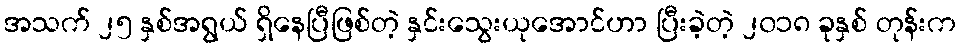
အသက် ၂၅ နှစ်အရွယ် ရှိနေပြီဖြစ်တဲ့ နှင်းသွေးယုအောင်ဟာ ပြီးခဲ့တဲ့ ၂၀၁၈ ခုနှစ် တုန်းက